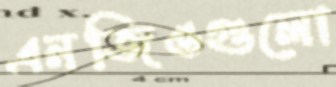
এনজিওগুলো